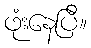
ဖုံးနေပြီ။